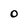
Character: 0